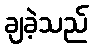
ချခဲ့သည်